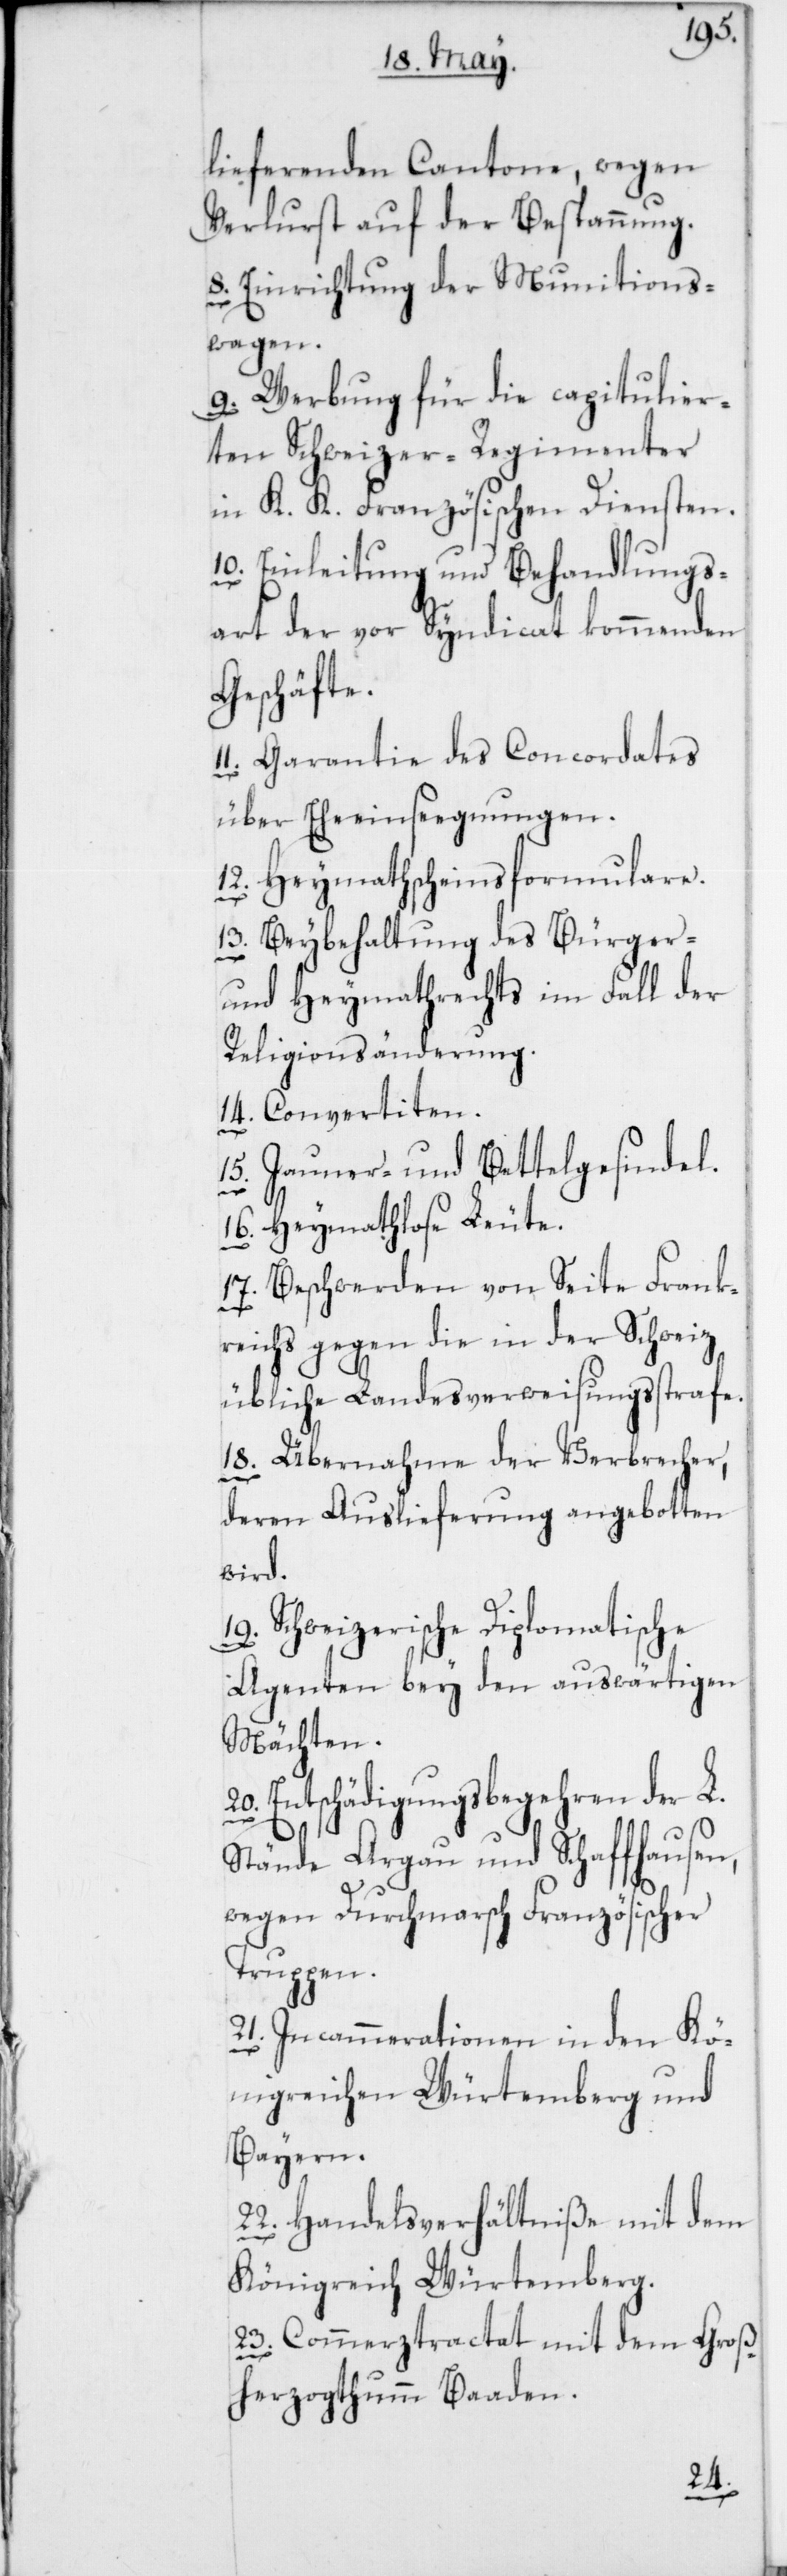
19.
lieferenden Cantone, wegen
Verlust auf der Bespannung.
8. Einrichtung der Munitions¬
wagen.
9. Werbung für die capitulier¬
ten Schweizer-Regimenter
in K. K. Französischen Diensten.
10. Einleitung und Behandlungs¬
art der vor Syndicat komme¬
Geschäfte.
11. Garantie des Concordates
über Eheeinsegnungen.
12. Heymathscheinsformulare.
13. Beybehaltung des Bürger-
und Heymathrechts im Fall der
Religionsänderung.
14. Convertiten.
15. Jauner- und Bettelgesindel.
16. Heymathlose Leute.
17. Beschwerden von Seite Frank¬
nden
reichs gegen die in der Schweiz
übliche Landesverweisungsstrafe.
18. Übernahme der Verbrecher,
deren Auslieferung angebotten
wird.
Schweizerische Diplomatische
Agenten bey den auswärtigen
Mächten.
20. Entschädigungsbegehren der L.
Stände Argau und Schaffhausen,
wegen Durchmarsch Französischer
Truppen.
21. Incammerationen in den Kö¬
nigreichen Würtemberg und
Bayern.
22. Handelsverhältniße mit dem
Königreich Württemberg.
23. Commerztractat mit dem Groß¬
herzogtum Baaden.